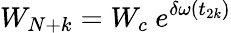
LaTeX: W_{N+k}=W_{c}\ e^{\delta\omega(t_{2k})}